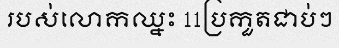
របស់លោកឈ្នះ 11ប្រកួតជាប់ៗ